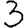
Digit: 3